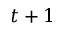
t + 1